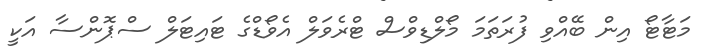
މަޓާޓޯ އިން ބޭއްވި ފުރަތަމަ މޯލްޑިވްސް ޓްރެވަލް އެވޯޑްގެ ޓައިޓަލް ސްޕޮންސާ އަކީ